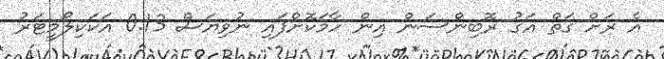
އެ ރަށް ގަތް އަގު ރޮބިންސަން އިން ހާމަކޮށްފައި ނުވިޔަސް 0.13 އަކަކިލޯމީޓަރު